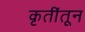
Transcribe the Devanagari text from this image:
कृतींतून